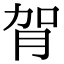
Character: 𦙺